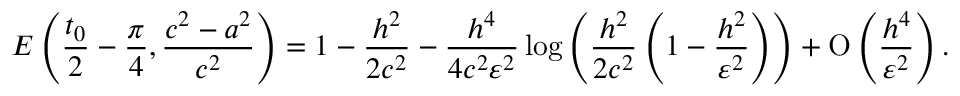
E \left( \frac { t _ { 0 } } { 2 } - \frac { \pi } { 4 } , \frac { c ^ { 2 } - a ^ { 2 } } { c ^ { 2 } } \right) = 1 - \frac { h ^ { 2 } } { 2 c ^ { 2 } } - \frac { h ^ { 4 } } { 4 c ^ { 2 } \varepsilon ^ { 2 } } \log { \left( \frac { h ^ { 2 } } { 2 c ^ { 2 } } \left( 1 - \frac { h ^ { 2 } } { \varepsilon ^ { 2 } } \right) \right) } + \ensuremath { \operatorname { O } \left( \frac { h ^ { 4 } } { \varepsilon ^ { 2 } } \right) } .